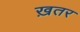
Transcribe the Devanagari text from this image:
ख़तर